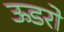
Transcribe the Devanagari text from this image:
ऊडरो